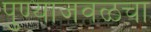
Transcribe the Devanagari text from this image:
पुण्याजवळचा